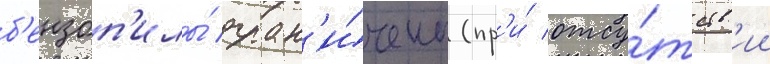
б'ензоп'илы́ огран'и́чены (пр'и́ отсу́тств'ии